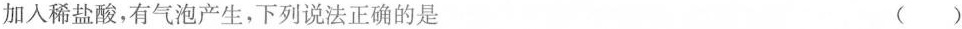
加入稀盐酸，有气泡产生，下列说法正确的是 （ ）